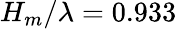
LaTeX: H_{m}/\lambda=0.933